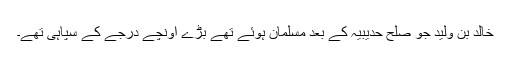
خالدؓ بن ولید جو صلح حدیبیہ کے بعد مسلمان ہوئے تھے بڑے اونچے درجے کے سپاہی تھے۔